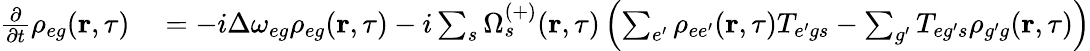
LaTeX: \begin{array}{rl}{\frac{\partial}{\partial t}\rho_{{eg}}(\textbf{r},\tau)}&{{}=-i\Delta\omega_{{eg}}\rho_{{eg}}(\textbf{r},\tau)-i\sum_{s}\Omega_{s}^{(+)}(\textbf{r},\tau)\left(\sum_{e^{\prime}}\rho_{{ee^{\prime}}}(\textbf{r},\tau)T_{{e^{\prime}g}s}-\sum_{g^{\prime}}T_{{eg^{\prime}}s}\rho_{{g^{\prime}g}}(\textbf{r},\tau)\right)}\end{array}